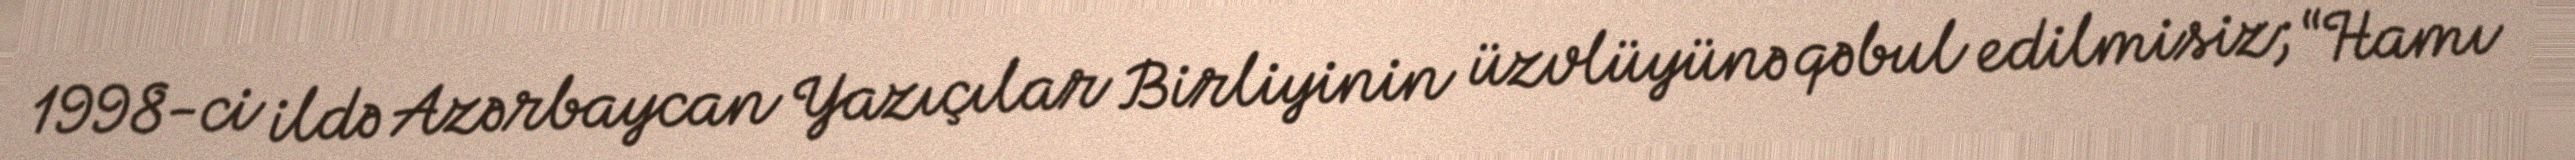
1998-ci ildə Azərbaycan Yazıçılar Birliyinin üzvlüyünə qəbul edilmisiz; “Hamı